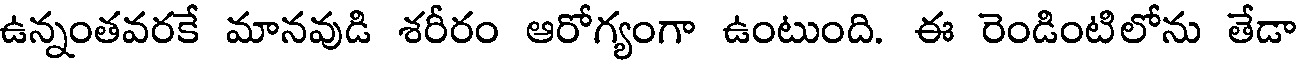
ఉన్నంతవరకే మానవుడి శరీరం ఆరోగ్యంగా ఉంటుంది. ఈ రెండింటిలోను తేడా